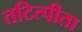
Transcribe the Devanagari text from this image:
तटित्पीता